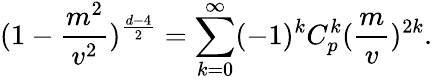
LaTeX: (1-\frac{m^{2}}{v^{2}})^{\frac{d-4}{2}}=\sum_{k=0}^{\infty}(-1)^{k}C_{p}^{k}(\frac{m}{v})^{2k}.